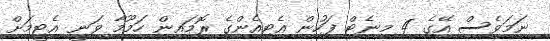
ނަމަވެސް އޭގެ 4 މިނެޓް ފަހުން އެޓިއެންގެ ރޮމައިން ހަމޫމާ ވަނީ އެޓީމަށް